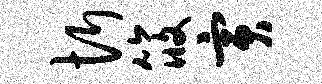
忻筱寅